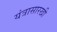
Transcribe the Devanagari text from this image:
यंत्रासारखी